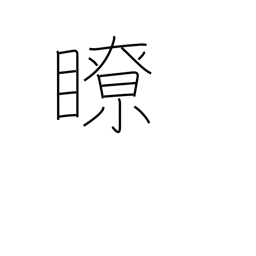
Meaning: clear